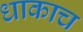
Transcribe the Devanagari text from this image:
धाकाच